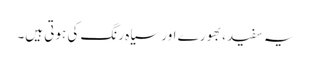
یہ سفید، بھورے اور سیاہ رنگ کی ہوتی ہیں۔